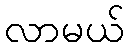
လာမယ်